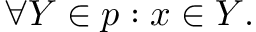
\forall Y \in p : x \in Y .